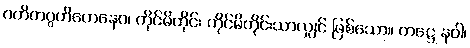
ဂဟိတဂ္ဂဟိတေနေဝ၊ ကိုင်မိတိုင်း ကိုင်မိတိုင်းသာလျှင် ဖြစ်သော။ ကဋ္ဌေ နဝါ၊